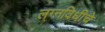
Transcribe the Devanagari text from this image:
लग्नविधीचे